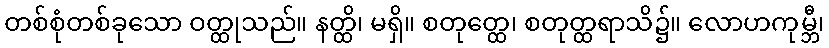
တစ်စုံတစ်ခုသော ဝတ္ထုသည်။ နတ္ထိ၊ မရှိ။ စတုတ္ထေ၊ စတုတ္ထရာသိ၌။ လောဟကုမ္ဘီ၊